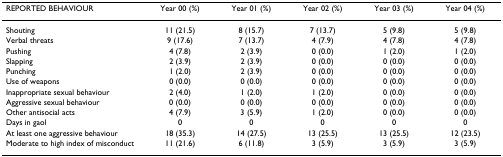
| REPORTED BEHAVIOUR | Year 00 (%) | Year 01 (%) | Year 02 (%) | Year 03 (%) | Year 04 (%) |
 | --- | --- | --- | --- | --- | --- |
 | Shouting | 11 (21.5) | 8 (15.7) | 7 (13.7) | 5 (9.8) | 5 (9.8) |
 | Verbal threats | 9 (17.6) | 7 (13.7) | 4 (7.9) | 4 (7.8) | 4 (7.8) |
 | Pushing | 4 (7.8) | 2 (3.9) | 0 (0.0) | 1 (2.0) | 1 (2.0) |
 | Slapping | 2 (3.9) | 2 (3.9) | 0 (0.0) | 0 (0.0) | 0 (0.0) |
 | Punching | 1 (2.0) | 2 (3.9) | 0 (0.0) | 0 (0.0) | 0 (0.0) |
 | Use of weapons | 0 (0.0) | 0 (0.0) | 0 (0.0) | 0 (0.0) | 0 (0.0) |
 | Inappropriate sexual behaviour | 2 (4.0) | 1 (2.0) | 1 (2.0) | 0 (0.0) | 0 (0.0) |
 | Aggressive sexual behaviour | 0 (0.0) | 0 (0.0) | 0 (0.0) | 0 (0.0) | 0 (0.0) |
 | Other antisocial acts | 4 (7.9) | 3 (5.9) | 1 (2.0) | 0 (0.0) | 0 (0.0) |
 | Days in gaol | 0 | 0 | 0 | 0 | 0 |
 | At least one aggressive behaviour | 18 (35.3) | 14 (27.5) | 13 (25.5) | 13 (25.5) | 12 (23.5) |
 | Moderate to high index of misconduct | 11 (21.6) | 6 (11.8) | 3 (5.9) | 3 (5.9) | 3 (5.9) |